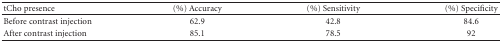
<table><thead><tr><td><b> tCho presence</b></td><td><b>(%) Accuracy</b></td><td><b>(%) Sensitivity</b></td><td><b>(%) Specificity</b></td></tr></thead><tbody><tr><td>Before contrast injection</td><td>62.9</td><td>42.8</td><td>84.6</td></tr><tr><td>After contrast injection</td><td>85.1</td><td>78.5</td><td>92</td></tr></tbody></table>